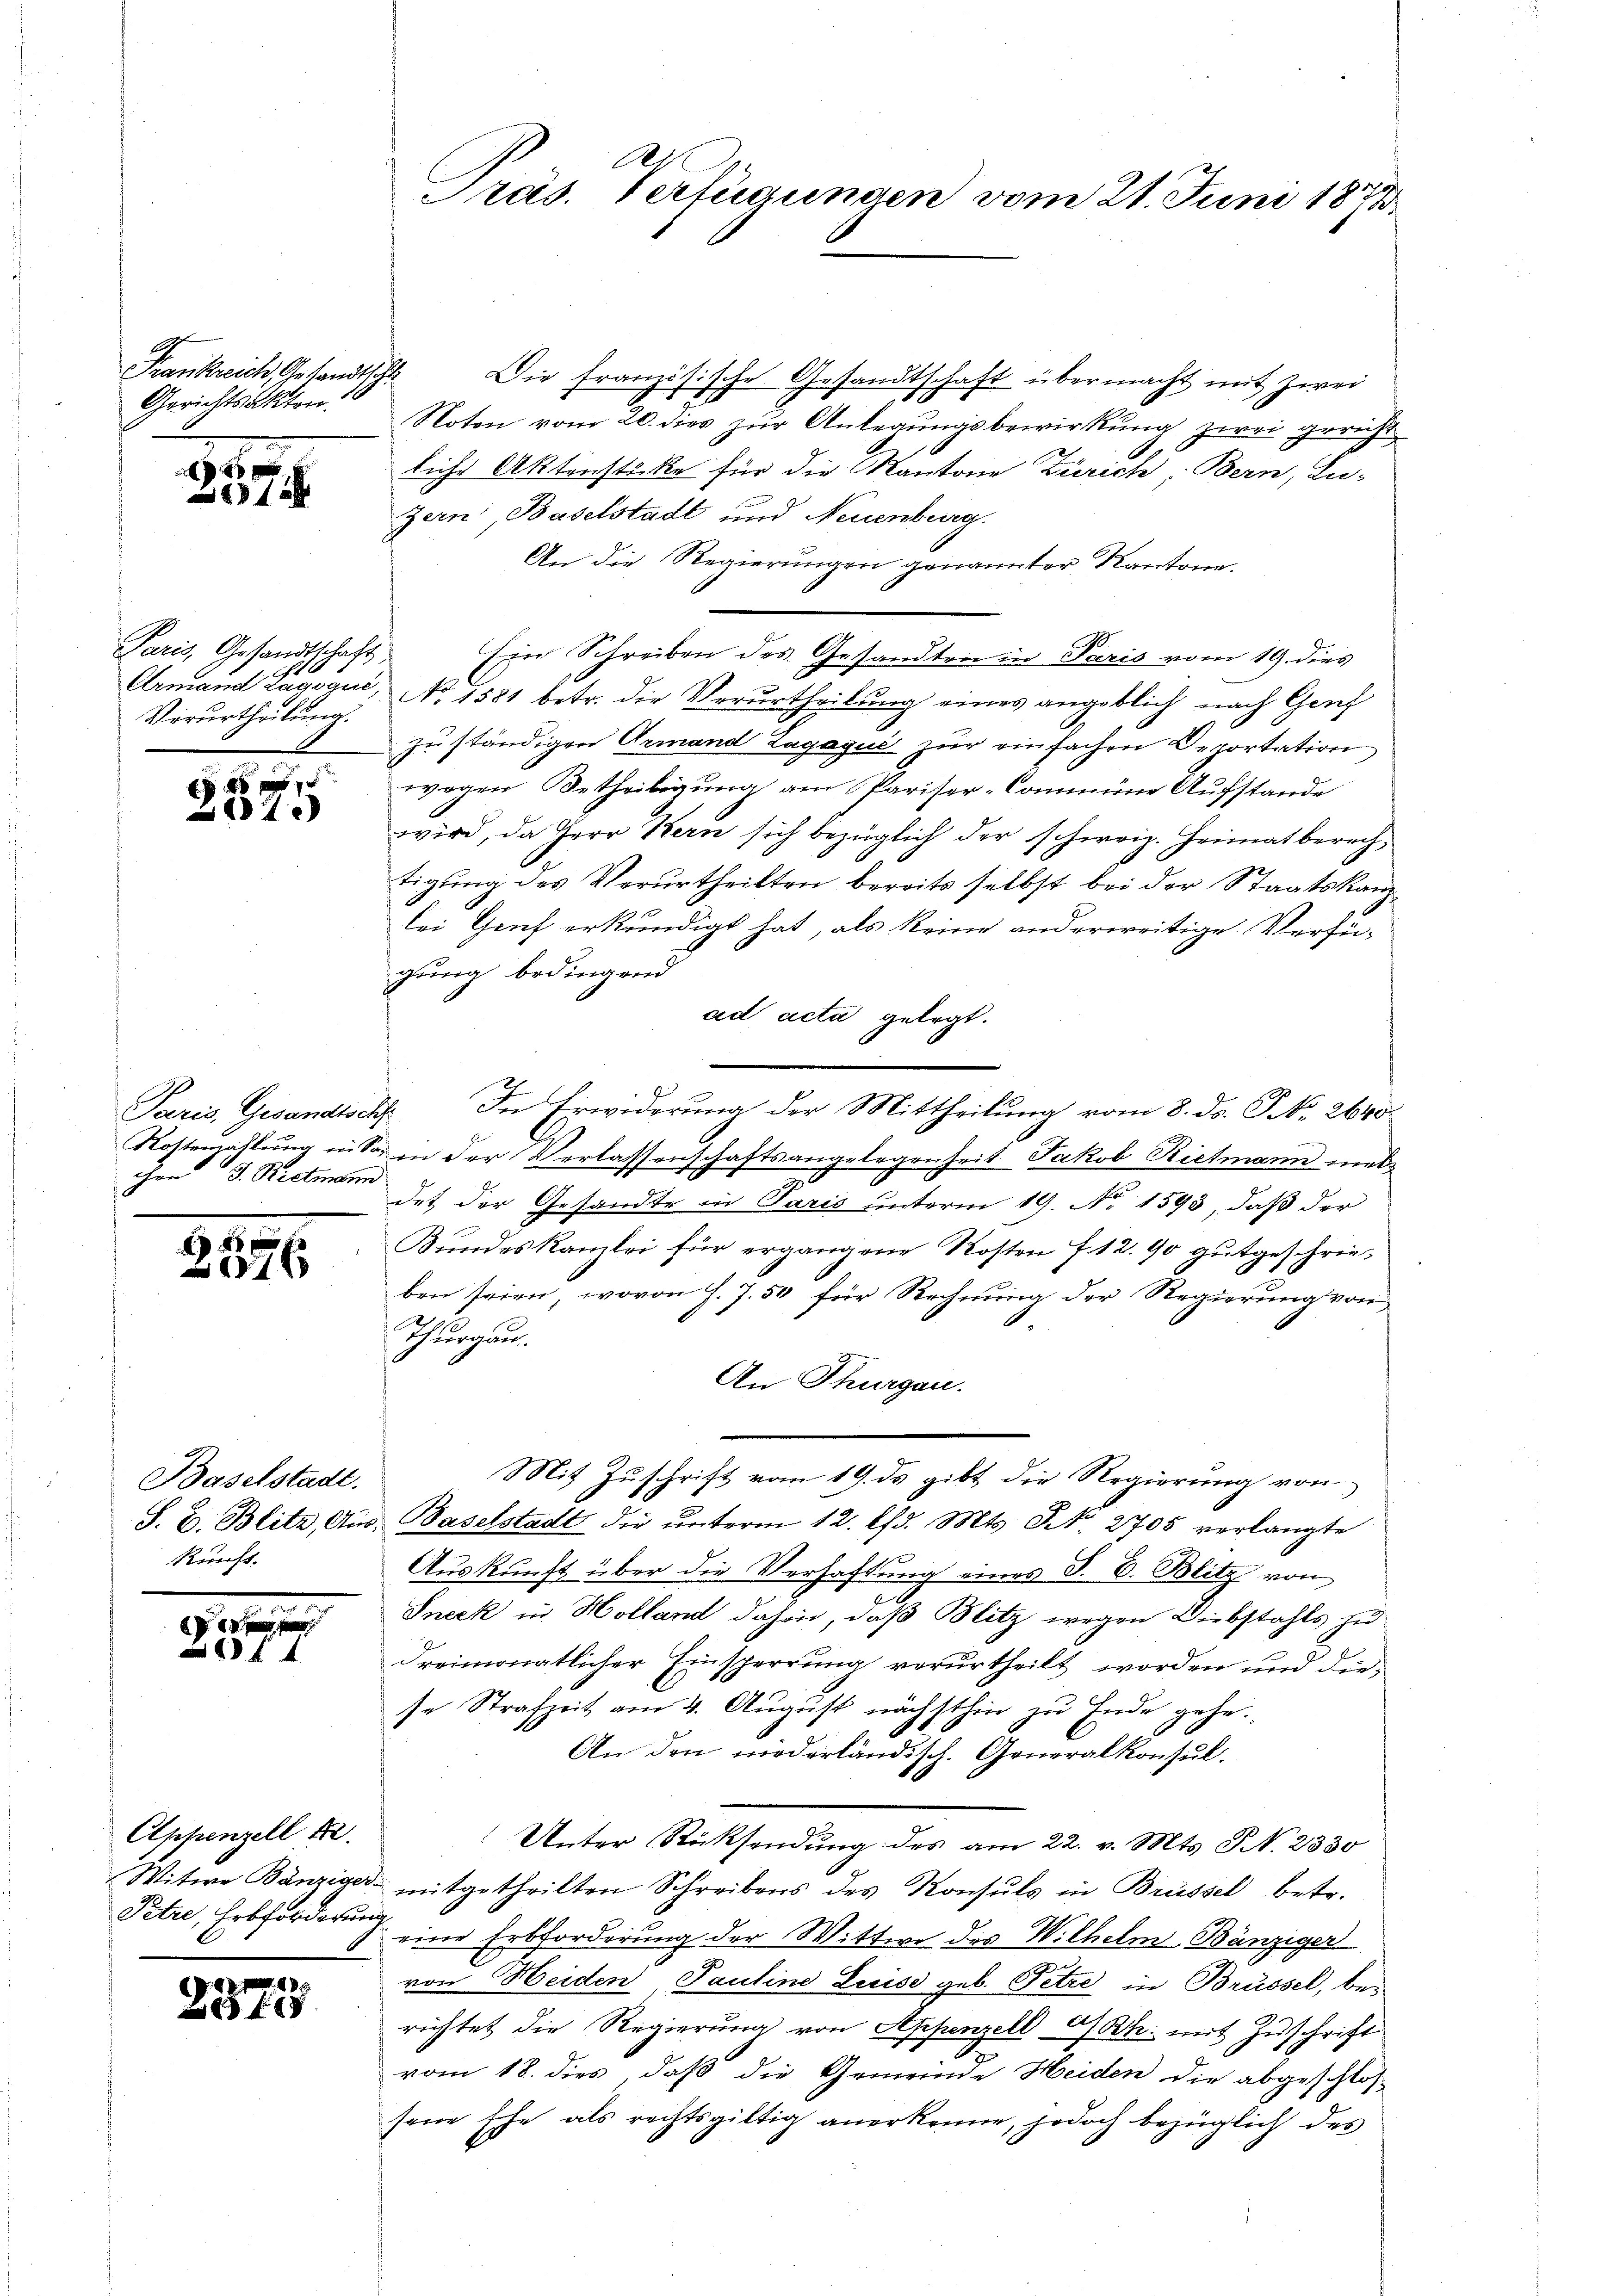
Frankreich, Gesandtsch
Gerichtsakten.

,
12

Paris, Gesandtschaft,
Armand Zagoqué,
Verurtheilung.

E
2

Paris, Gesandtse
Rottenzahlung ei-
F
J. Rietman

8
076

Baselstadt.
S. B. Blitz, Am
kunft.

)
d

6 f 4

Appenzell 12.
Witwe Bänziger.
Petrie, Erbforderun

2875

A
Pras. Verfügungen vom 21. Juni 1873

.
Die französische Gesandtschaft übermacht mit zwei
Noten vom 20. dies zur Anlegungsbewirkung zwei gericht
liche Aktenstecke für die Kantone Zürich, Bern, Lu-
Zern: Baselstadt und Neuenburg.
An die Regierungen genannter Kantone.
Ein Schreiben des Gesandten in Paris vom 19. dies
No. 1581 betr. die Verurtheilung eines angeblich nach Genf
zu ständigen Armand Lagaguć zur einfachen Deportation
wegen Betheiligung am Pariser-Commene Aufstande
wird, da Herr Bern sich bezüglich der schweiz. Heimatberechtigung des Verurtheilten bereits selbst bei der Staatskanzlei Genf erkundigt hat, als keine anderweitige Verhei-
gung bedingend
ad acta gelegt.
2. In Erwiderung der Mittheilung vom 8. ds. S. 2640
in der Verlassenschaftsangelegenheit Jakob Rietmann met
det der Gesandte in Paris unterm 19. No. 1593, daß der
Bundeskamlei für ergangene Kosten f. 12. 90 gutgeschrieben seien, wovon J. J. 50 für Rechnung der Regierung von
Thurgau.
An Thurgau.
Mit Zuschrift vom 19. ds gibt die Regierung von
Baselstadt die unterm 12. lfd. Mts. N. 2705 verlangte
x
Auskunft über die Verhaftung eines S. B. Blitz von
S
Sneck in Holland dahin, daß Blitz wegen Diebstahls zu
dreimonatlicher Einsperrung verurtheilt worden und diese Strafzeit am 4. August nächsthin zu Ende gehe.
An den niederländisch. Generalkonsul¬
Unter Rücksendung des am 22. v. Mts. S. 2330
mitgetheilten Schreibens des Konsuls in Brüssel betr.
eine Erbforderung der Wittwe des Wilhelm Bänziger
von Heiden Pauline Luise geb. Petze in Brüssel, bei
richtet die Regierung von Appenzell A/Rh. mit Zuschrift
vom 18. dies, daß die Gemeinde Heiden die abgeschlos-
sene Ehe als rechtsgültig anerkenne, jedoch bezüglich des